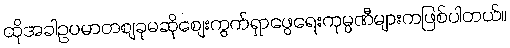
ထိုအခါဥပမာတစျခုမဆိုစျေးကွက်ရှာဖွေရေးကုမ္ပဏီများကဖြစ်ပါတယ်။